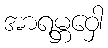
အာရမ္ဘဝှေါ